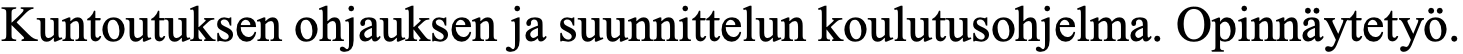
Kuntoutuksen ohjauksen ja suunnittelun koulutusohjelma. Opinnäytetyö.